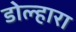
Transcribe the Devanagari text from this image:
डोल्हारा